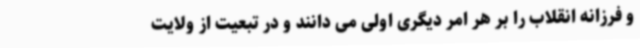
و فرزانه انقلاب را بر هر امر دیگری اولی می دانند و در تبعیت از ولایت